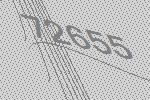
72655